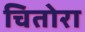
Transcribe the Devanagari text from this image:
चितोरा